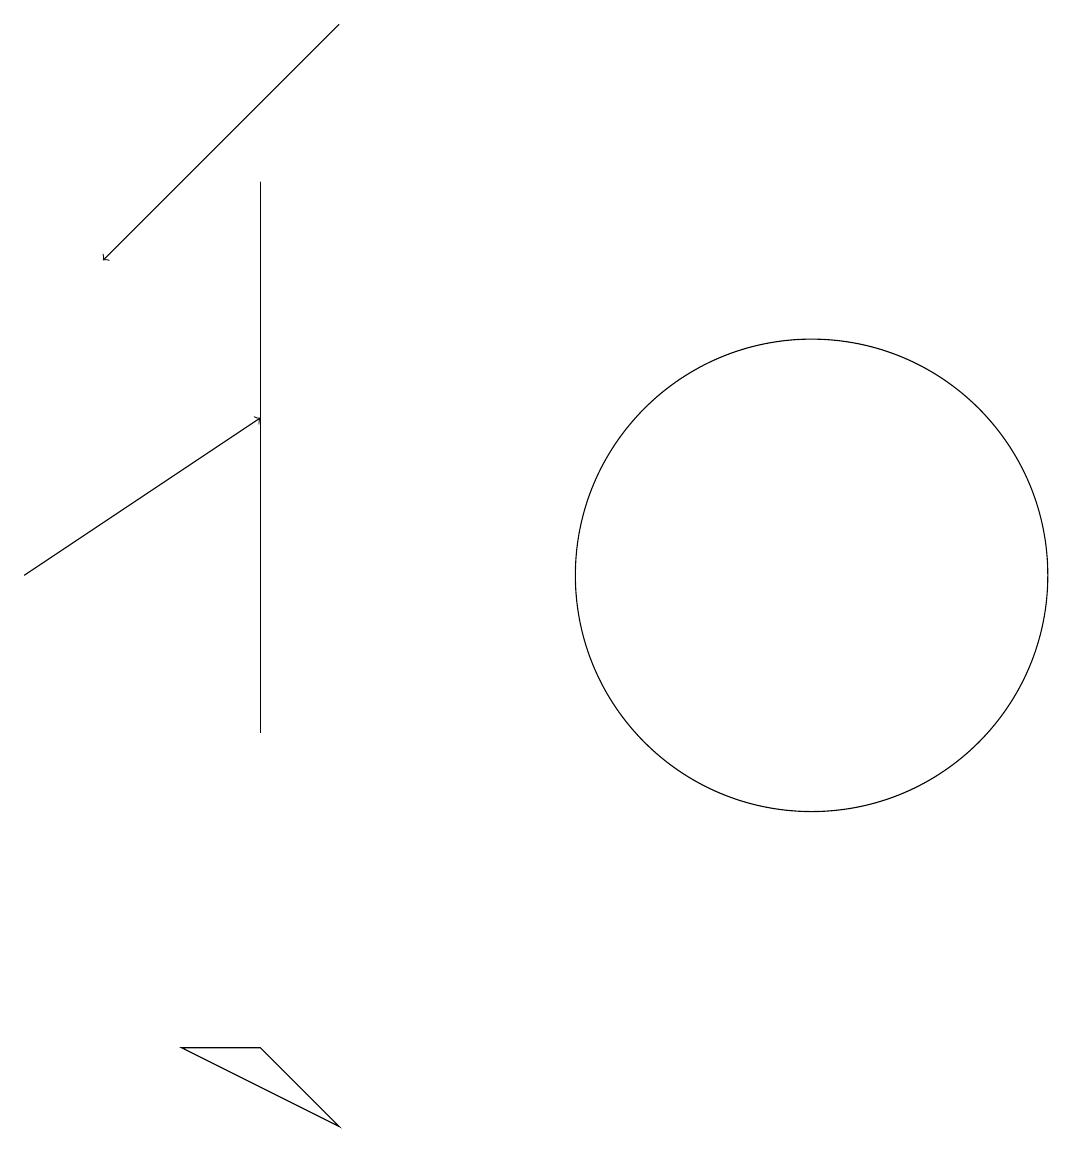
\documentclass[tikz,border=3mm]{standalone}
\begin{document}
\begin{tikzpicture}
\draw[->] (5,19) -- (2,16);
\draw (10,11) circle (0);
\draw[->] (1,12) -- (4,14);
\draw (5,5) -- (3,6) -- (4,6) -- cycle;
\draw (11,12) circle (3);
\draw (4,10) rectangle (4,17);
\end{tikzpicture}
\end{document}